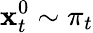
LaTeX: \mathbf{x}_{t}^{0}\sim\pi_{t}